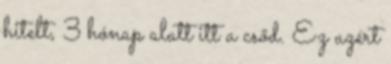
hitelt, 3 hónap alatt itt a csőd. Ez azért